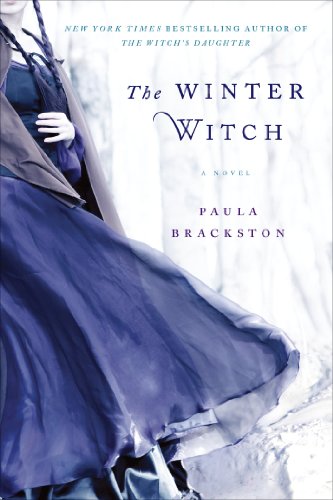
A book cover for The Winter Witch; Paula Brackston; Science Fiction & Fantasy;